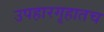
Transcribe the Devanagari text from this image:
उपहारगृहातच